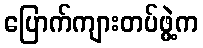
ပြောက်ကျားတပ်ဖွဲ့က